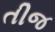
તીજ